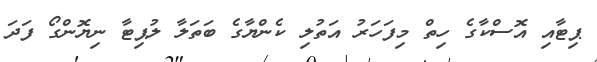
ޕިޓާއި އޮސްކާގެ ހިތް މިފަހަރު އަތުލި ކެންޔާގެ ބަތަލާ ލުޕިޓާ ނިޔޮންގޯ ފަދަ